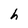
Character: h